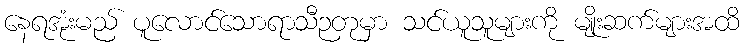
နေရအုံးမည် ပူလောင်သောရာသီဉတုမှာ သင်ယူသူများကို မျိုးဆက်များအထိ